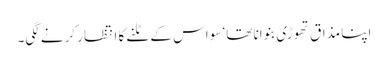
اپنا مذاق تھوڑی بنوانا تھا‘ سو اس کے ٹلنے کا انتظار کرنے لگی۔